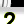
Digit: 2